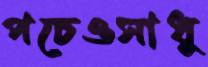
পচেওসাধু